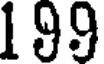
199